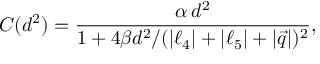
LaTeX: C ( d ^ { 2 } ) = { \frac { \alpha \, d ^ { 2 } } { 1 + 4 \beta d ^ { 2 } / ( | \ell _ { 4 } | + | \ell _ { 5 } | + | \vec { q } | ) ^ { 2 } } } ,